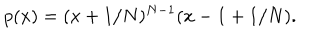
LaTeX: p ( x ) = ( x + 1 / N ) ^ { N - 1 } ( x - 1 + 1 / N ) .